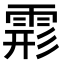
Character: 𩃋